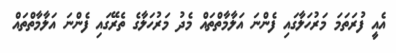
އެއީ ފުރަތަމަ މަރުހަލާގައި ފެންނަ އަލާމާތްތައް މެދު މަރުހަލާގެ ތެރޭގައި ފެންނަ އަލާމާތްތައް